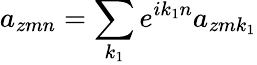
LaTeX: a_{zmn}=\sum_{k_{1}}e^{ik_{1}n}a_{zmk_{1}}